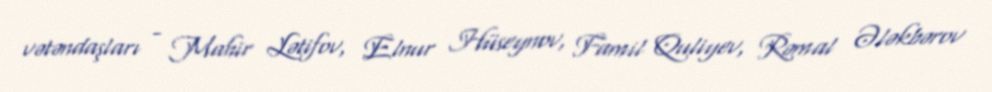
vətəndaşları - Mahir Lətifov, Elnur Hüseynov, Famil Quliyev, Rəmal Ələkbərov